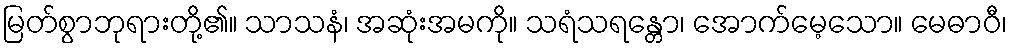
မြတ်စွာဘုရားတို့၏။ သာသနံ၊ အဆုံးအမကို။ သရံသရန္တော၊ အောက်မေ့သော။ မေဓာဝီ၊